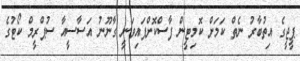
ޕީޖީގެ އިތުބާރު ނެތް ކަމަށް ކޮމިޓީން ފާސްކޮށްފައިވަނީ ގާނޫނު އަސާސީއާ ސުޕްރީމް ކޯޓުގެ